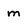
Character: m